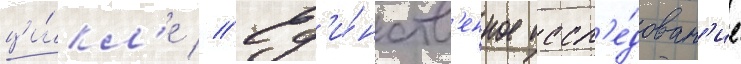
ци́кл'е // Ед'и́нств'енное иссл'е́дован'ие